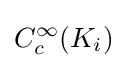
C_{c}^{\infty }(K_{i})